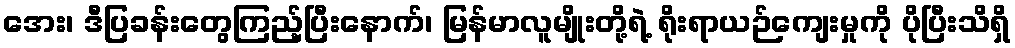
အေး၊ ဒီပြခန်းတွေကြည့်ပြီးနောက်၊ မြန်မာလူမျိုးတို့ရဲ့ ရိုးရာယဉ်ကျေးမှုကို ပိုပြီးသိရှိ